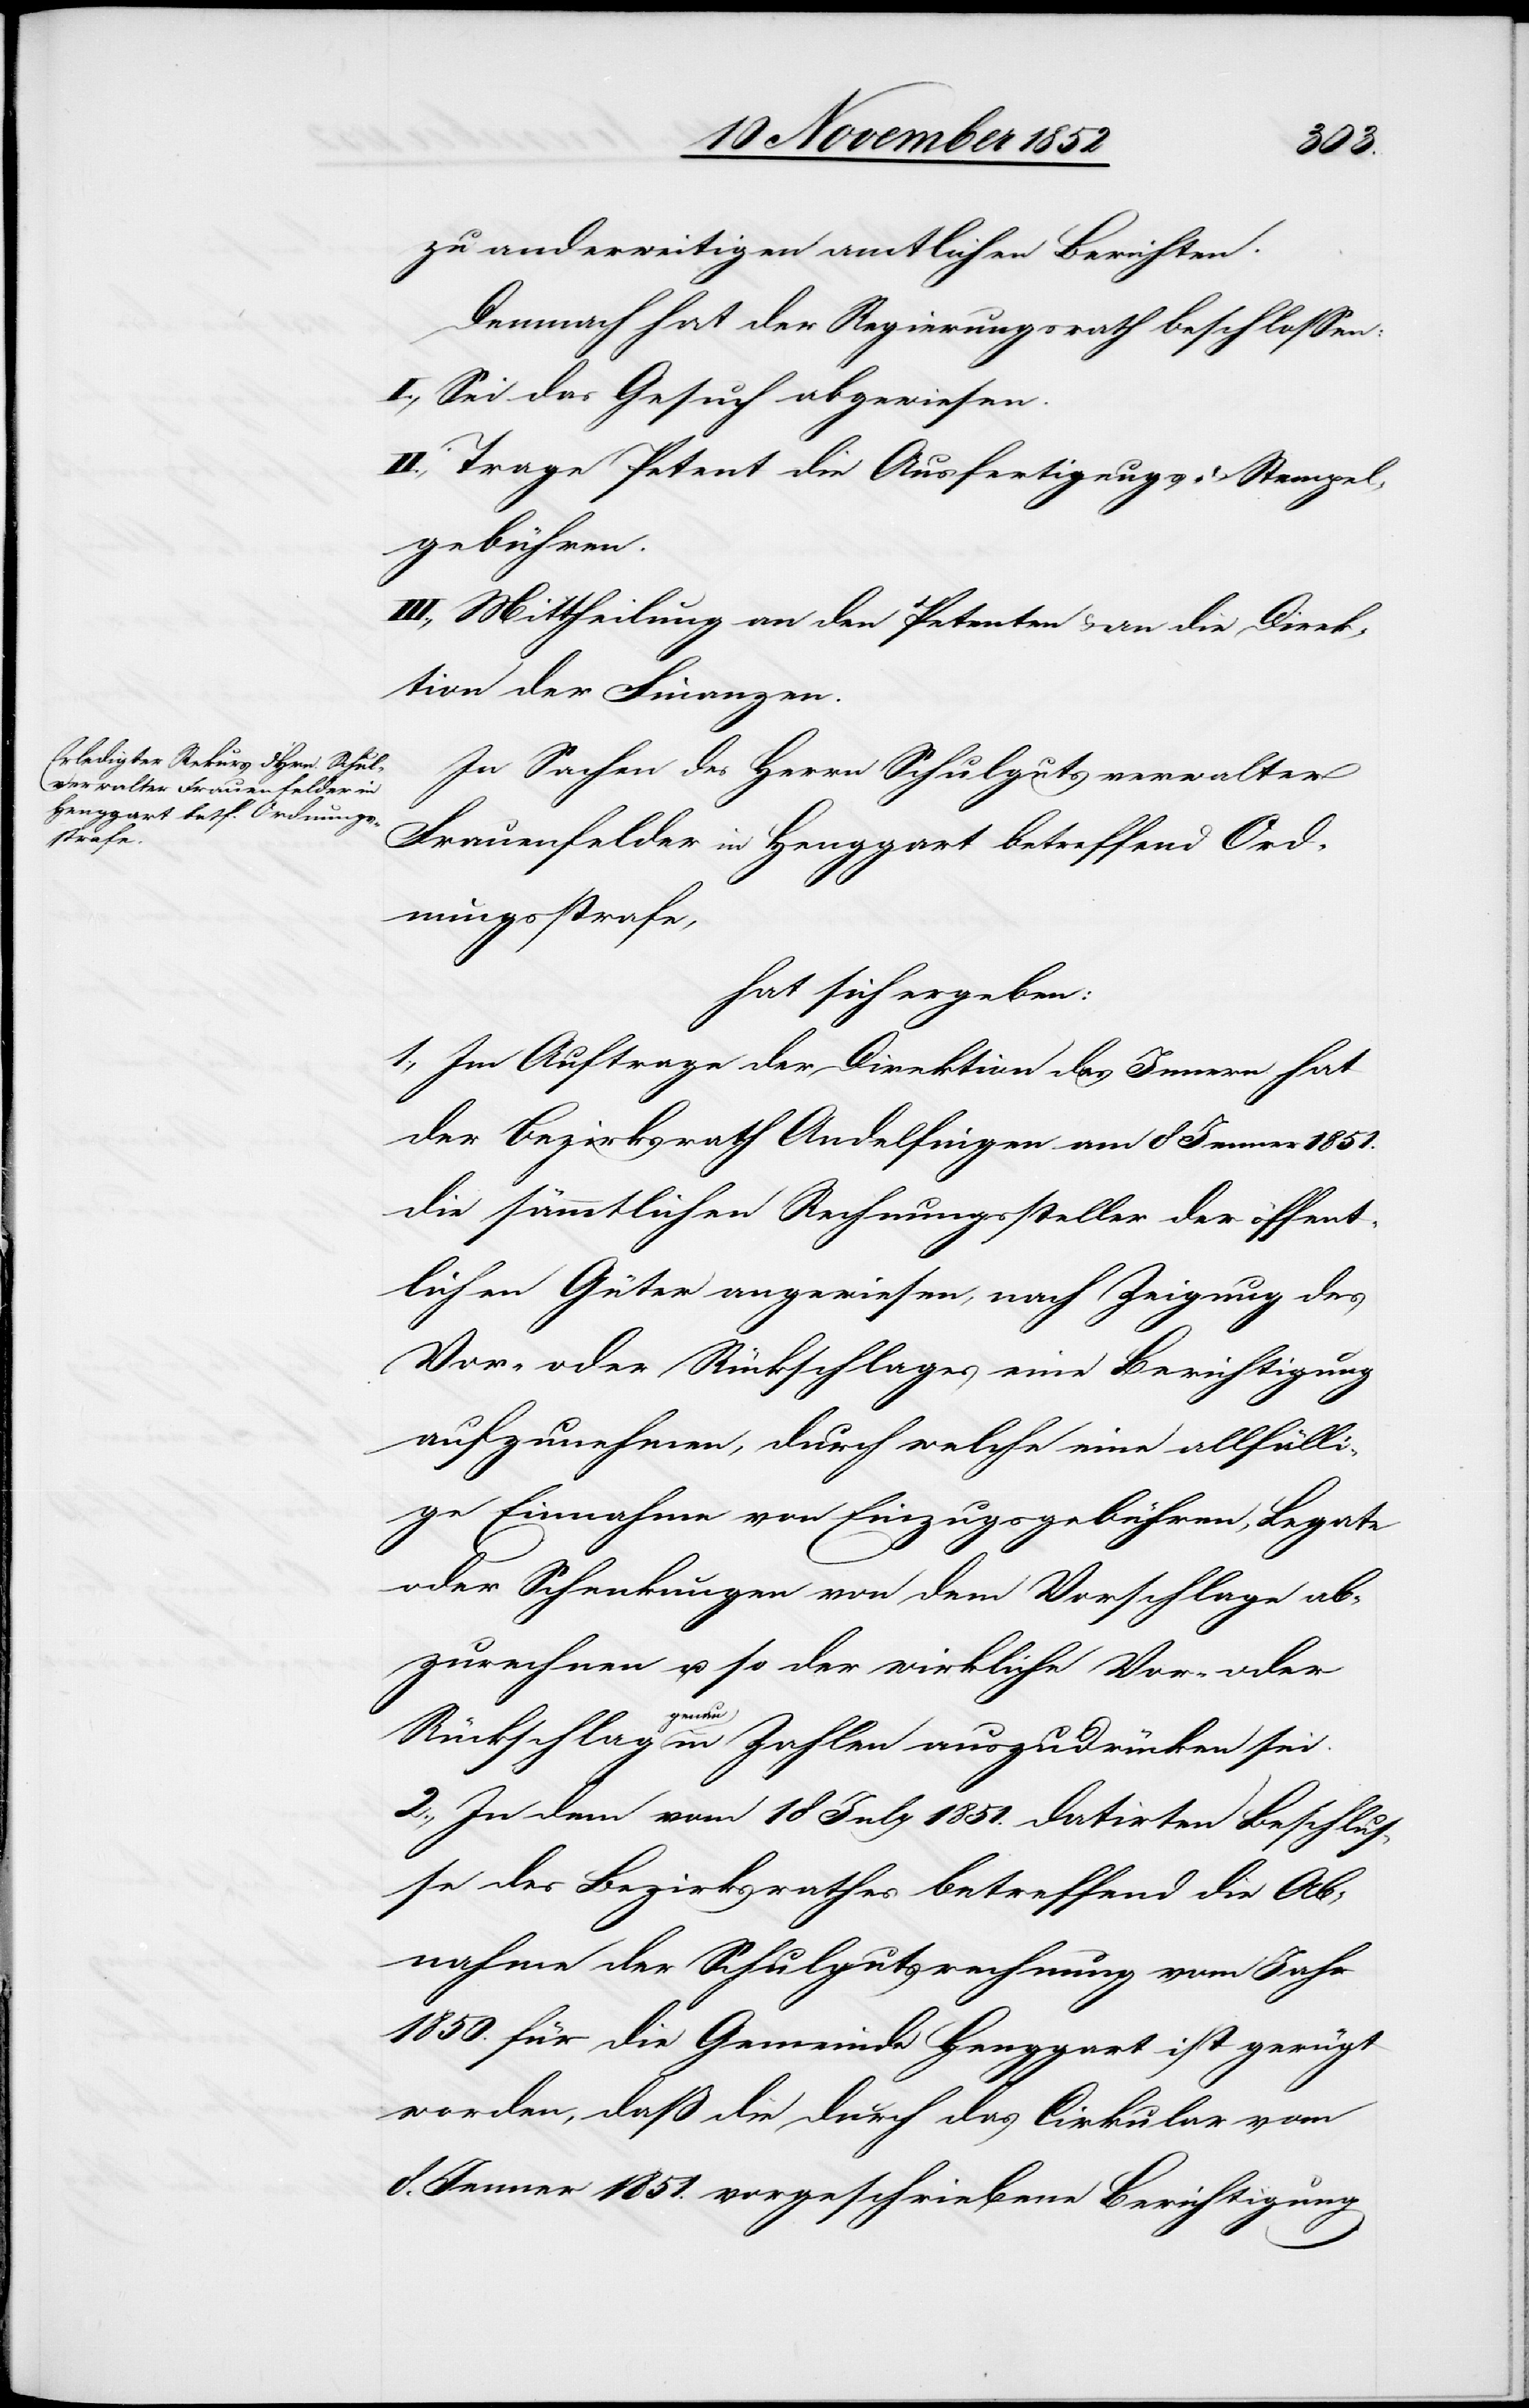
zu anderweitigen amtlichen Berichten.
Demnach hat der Regierungsrath beschlossen:
I., Sei das Gesuch abgewiesen.
II., Trage Petent die Ausfertigungs- & Stempel¬
gebühren.
III., Mittheilung an den Petenten & an die Direk¬
tion der Finanzen.
In Sachen des Herrn Schulgutsverwalter
Frauenfelder in Henggart betreffend Ord¬
nungsstrafe,
hat sich ergeben:
1., Im Auftrage der Direktion des Innern hat
der Bezirksrath Andelfingen am 8 Jenner 1851.
die sämmtlichen Rechnungssteller der öffent¬
lichen Güter angewiesen, nach Zeigung des
Vor- oder Rückschlages eine Berichtigung
aufzunehmen, durch welche eine allfälli¬
ge Einnahme von Einzugsgebühren, Legate
oder Schenkungen von dem Vorschlage ab¬
zurechnen u. so der wirkliche Vor- oder
Rückschlag genau in Zahlen auszudrücken sei.
2., In dem vom 18 July 1851. datirten Beschlus¬
se des Bezirksrathes betreffend die Ab¬
nahme der Schulgutsrechnung vom Jahr
1850. für die Gemeinde Henggart ist gerügt
worden, daß die durch das Cirkular vom
8. Jenner 1851. vorgeschriebene Berichtigung